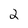
Character: 2